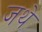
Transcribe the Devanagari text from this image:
जथे